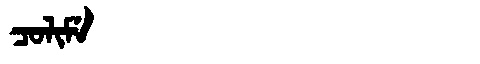
Manchu: ᠴᠣᠯᡳᠮᡝ
Romanization: COLIME